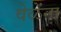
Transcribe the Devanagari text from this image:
वेळेंना